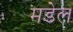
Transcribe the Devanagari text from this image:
मडेल